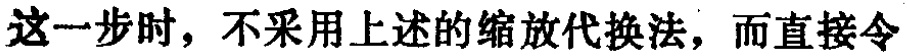
这一步时，不采用上述的缩放代换法，而直接令